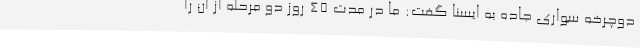
دوچرخه سواری جاده به ایسنا گفت: ما در مدت 45 روز دو مرحله از آن را